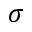
\sigma